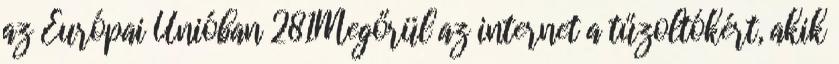
az Európai Unióban 281Megőrül az internet a tűzoltókért, akik